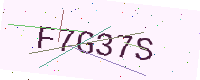
Text: F7G37S